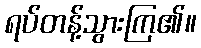
ရပ်တန့်သွားကြ၏။